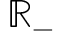
\mathbb { R } _ { - }